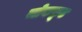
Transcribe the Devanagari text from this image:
ब्लेकफूट